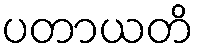
ပတာယတိ